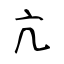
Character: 亢